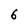
Character: 6